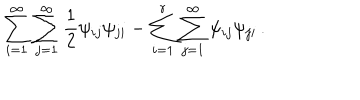
LaTeX: \sum _ { i = 1 } ^ { \infty } \sum _ { j = 1 } ^ { \infty } \frac { 1 } { 2 } \psi _ { i j } \psi _ { j i } - \sum _ { i = 1 } ^ { r } \sum _ { j = 1 } ^ { \infty } \psi _ { i j } \psi _ { j i } \, .